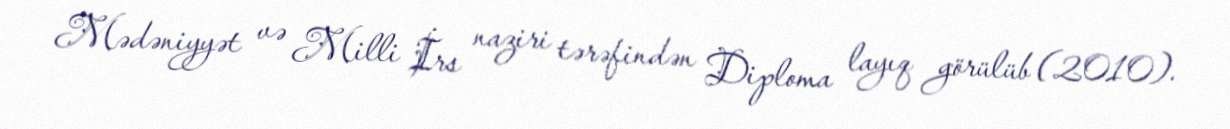
Mədəniyyət və Milli İrs naziri tərəfindən Diploma layıq görülüb (2010).